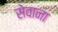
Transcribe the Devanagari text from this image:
सेवाना